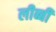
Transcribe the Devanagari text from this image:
लीब्बी